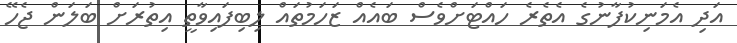
އަދި އެމަނިކުފާނުގެ އެތެރެ ހައްޓަށްވެސް ބައެއް ޒަހަމުތައް ލިބިފައިވާތީ އިތުރަށް ބަލަން ޖެހޭ